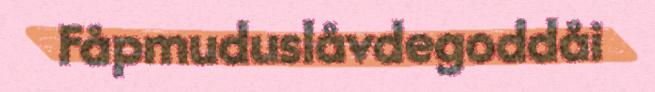
Fåpmuduslåvdegoddåi